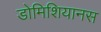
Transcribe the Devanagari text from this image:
डोमिशियानस